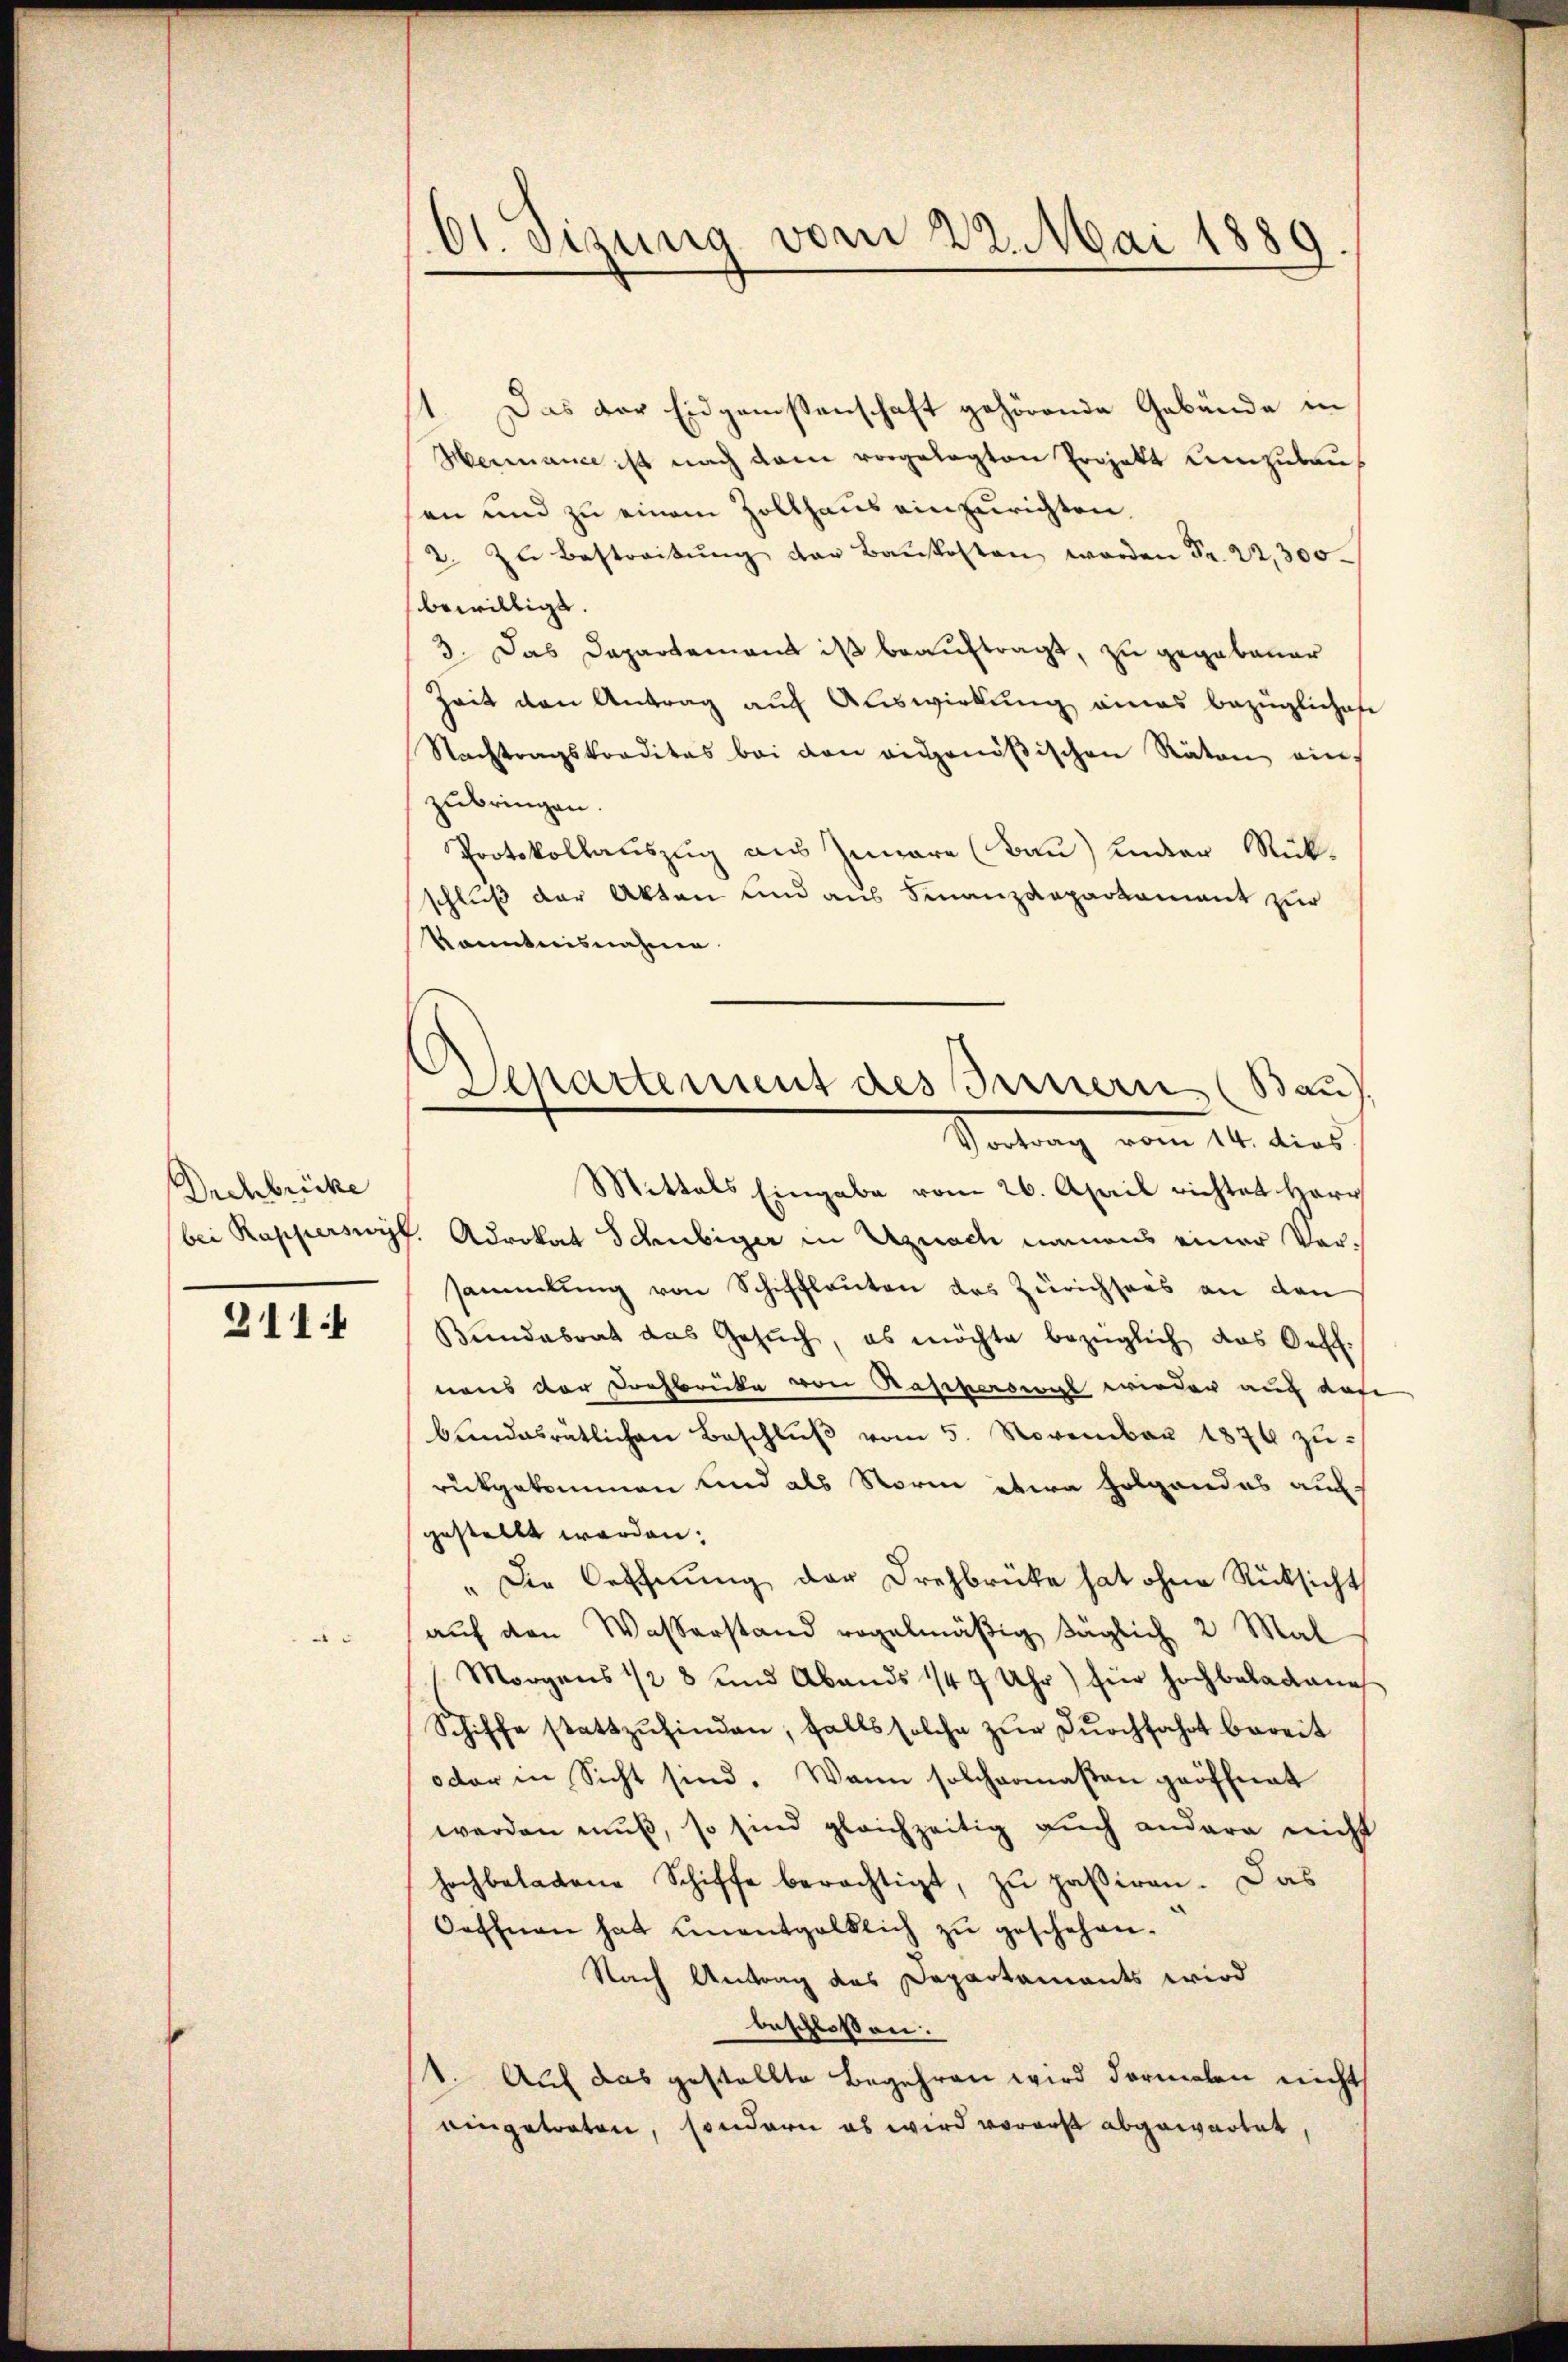
Drchbrücke

211

Ot. Sizung vom 22. Mai 1889.

Das der Eidgenissenschaft gehörende Gebäude in
Hermance ist nach dem vorgelegten Projekt umzubau
sen und zu einem Zollhaus einzurichten.
2. zŭ bestreitŭng der Baŭkosten worden Fr. 22,300
bewilligt.
3. Das Departement ist beauftragt, zu gegebener
Zeit den Antrag auf Auswirkung eines bezügliches
Nachtragskreditas bei den eigenößischen Räten ein
zubringen.
Protokollauszug aus Iunare (Bau) ander Mülschluß der Akten und aus Finanzdepartament zur
kanntnisnahme
Mittels Eingabe vom 26. April richtet Herr
bei Rapperswyf. Advokat Schubiger in Uznach namens einer Versammlung von Schiffleuten des Zürichsees an den
Bŭndabrat das Gesŭch, es möchte bezüglich das Oeff.
naus der Dochbrücke von Rasperswyl wieder auch das
bŭndesrätlichen Beschlŭβ vom 5. November 1876 zŭ
rückgekommen sind als Norm etwa folgendes aufgestellt werden.
" Die Oeffnung der Drehbrücke hat ohne Rücksicht
auf den Wasserstand regelmäßig täglich 2 Mal
Morgens 1/2 8 und Abends 1/4 9 Uhr) für Hochbeladene
Schiffe stattzŭfinden, falls solche zur Durchfahrt bereit
oder in Sicht sind. Wann solchermaßen geöffnet
werden mŭβ, so sind gleichzeitig aŭch andere nicht
hochbeladene Schiffe berechtigt, zu paßiren. Das
Oeffnen hat unentgeltlich zu geschehen.
Nach Antrag des Departaments wird
beschlossen:
1. Auf das gestellte Begehren wird darmalen nicht
eingetreten, sondern es wird vorauf abgewartet,

Departement des Innern (Bau,
Vortrag vom 14. dies